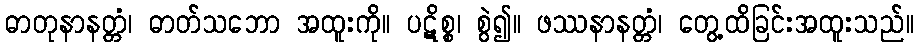
ဓာတုနာနတ္တံ၊ ဓာတ်သဘော အထူးကို။ ပဋိစ္စ၊ စွဲ၍။ ဖဿနာနတ္တံ၊ တွေ့ထိခြင်းအထူးသည်။